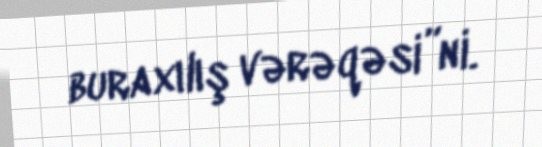
buraxılış vərəqəsi”ni.